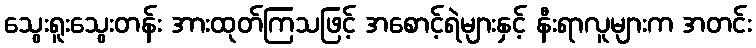
သွေးရူးသွေးတန်း အားထုတ်ကြသဖြင့် အစောင့်ရဲများနှင့် နီးရာလူများက အတင်း